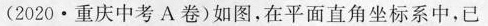
(2020·重庆中考A卷)如图，在平面直角坐标系中，已